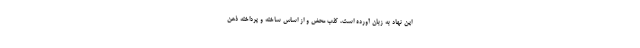
این نهاد به زبان آورده است، کذب محض و از اساس ساخته و پرداخته ذهن